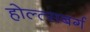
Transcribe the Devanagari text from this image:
होल्त्सबर्ग